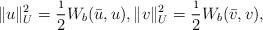
LaTeX: \begin{align*} \|u\|_U^2=\frac{\i}{2}W_b(\bar u,u), \|v\|_U^2=\frac{\i}{2}W_b(\bar v,v), \end{align*}